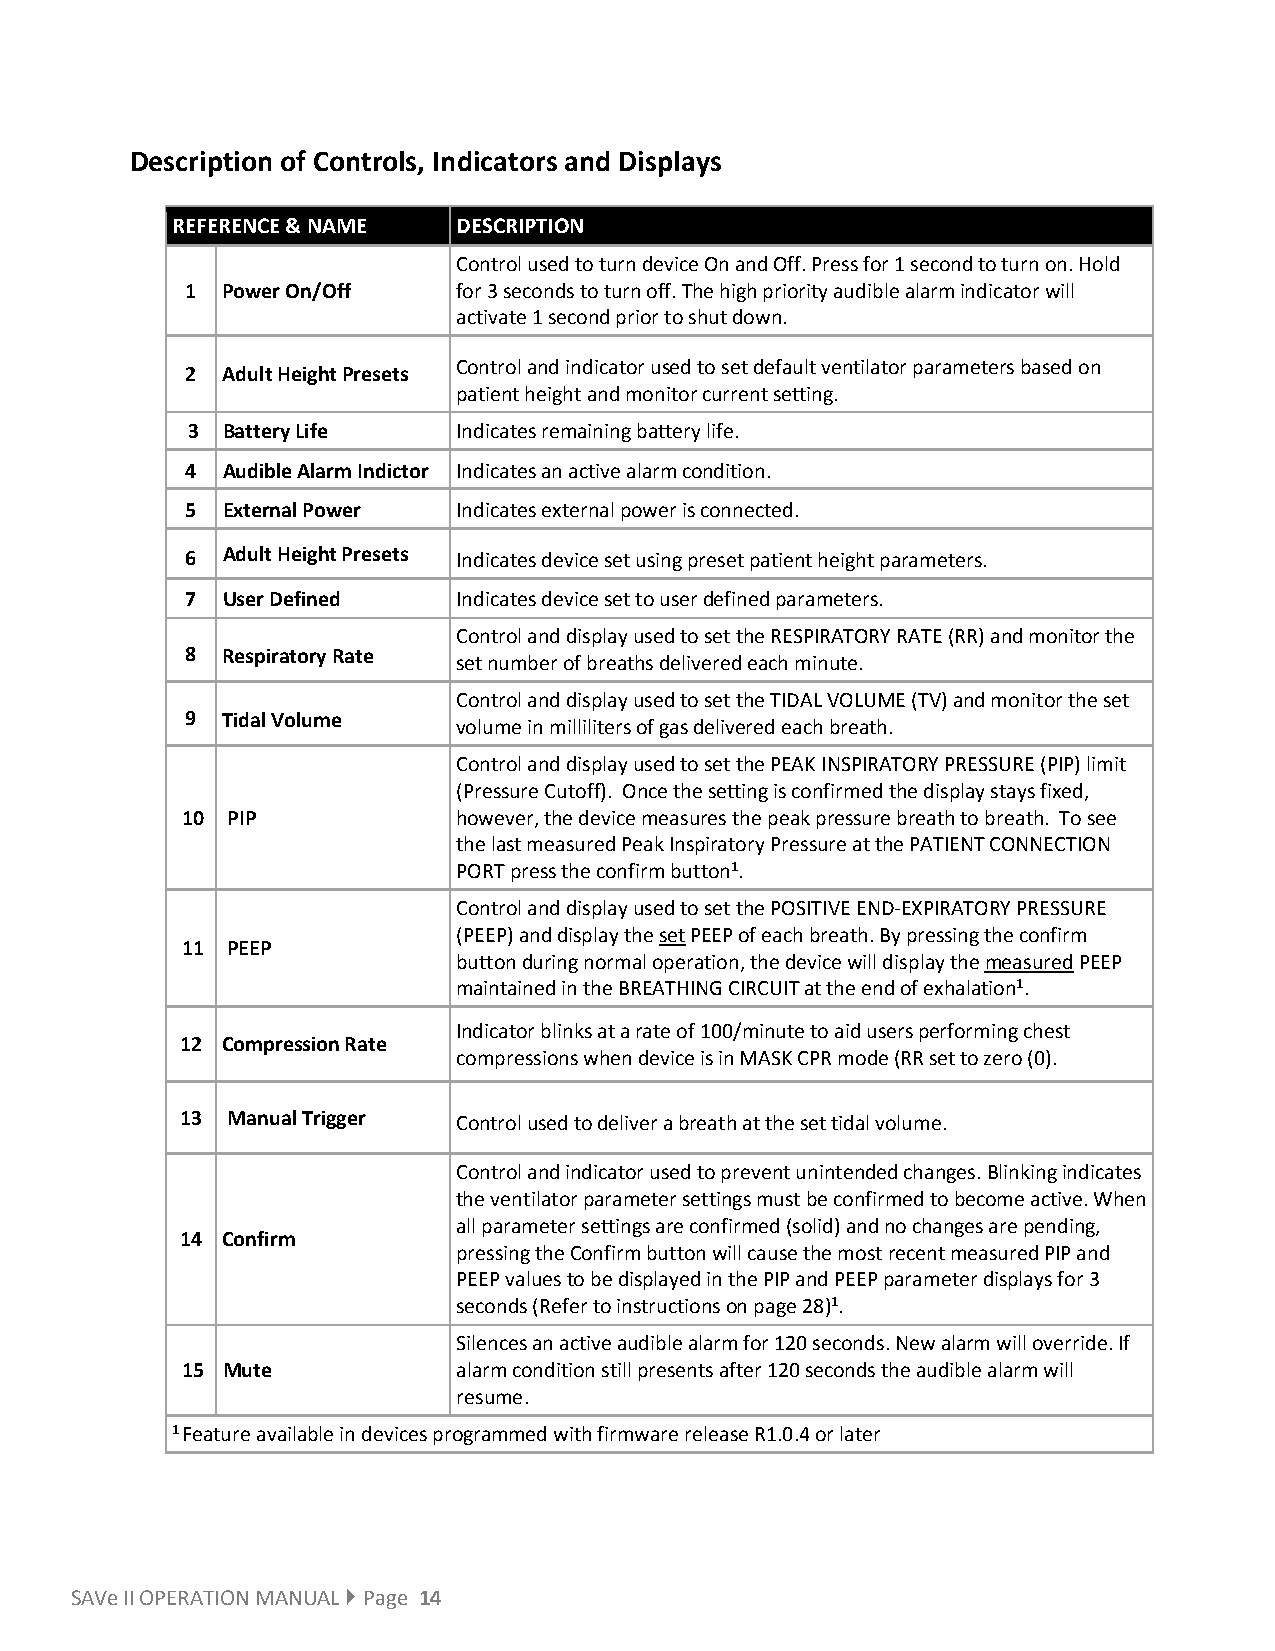
Description of Controls, Indicators and Displays
 REFERENCE & NAME   DESCRIPTION
 Control used to turn device On and Off. Press for 1 second to turn on. Hold
 1  Power On/Off   for 3 seconds to turn off. The high priority audible alarm indicator will
 activate 1 second prior to shut down.
 Control and indicator used to set default ventilator parameters based on
 2  Adult Height Presets
 patient height and monitor current setting.
 3  Battery Life   Indicates remaining battery life.
 4  Audible Alarm Indictor Indicates an active alarm condition.
 5  External Power Indicates external power is connected.
 6  Adult Height Presets Indicates device set using preset patient height parameters.
 7  User Defined   Indicates device set to user defined parameters.
 Control and display used to set the RESPIRATORY RATE (RR) and monitor the
 8  Respiratory Rate
 set number of breaths delivered each minute.
 Control and display used to set the TIDAL VOLUME (TV) and monitor the set
 9  Tidal Volume
 volume in milliliters of gas delivered each breath.
 Control and display used to set the PEAK INSPIRATORY PRESSURE (PIP) limit
 (Pressure Cutoff). Once the setting is confirmed the display stays fixed,
 10 PIP            however, the device measures the peak pressure breath to breath. To see
 the last measured Peak Inspiratory Pressure at the PATIENT CONNECTION
 PORT press the confirm button1.
 Control and display used to set the POSITIVE END-EXPIRATORY PRESSURE
 (PEEP) and display the set PEEP of each breath. By pressing the confirm
 11 PEEP
 button during normal operation, the device will display the measured PEEP
 maintained in the BREATHING CIRCUIT at the end of exhalation1.
 Indicator blinks at a rate of 100/minute to aid users performing chest
 12 Compression Rate
 compressions when device is in MASK CPR mode (RR set to zero (0).
 13 Manual Trigger Control used to deliver a breath at the set tidal volume.
 Control and indicator used to prevent unintended changes. Blinking indicates
 the ventilator parameter settings must be confirmed to become active. When
 all parameter settings are confirmed (solid) and no changes are pending,
 14 Confirm
 pressing the Confirm button will cause the most recent measured PIP and
 PEEP values to be displayed in the PIP and PEEP parameter displays for 3
 seconds (Refer to instructions on page 28)1.
 Silences an active audible alarm for 120 seconds. New alarm will override. If
 15 Mute           alarm condition still presents after 120 seconds the audible alarm will
 resume.
 1 Feature available in devices programmed with firmware release R1.0.4 or later
 SAVe II OPERATION MANUAL  Page 14